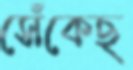
সেঁকেছ